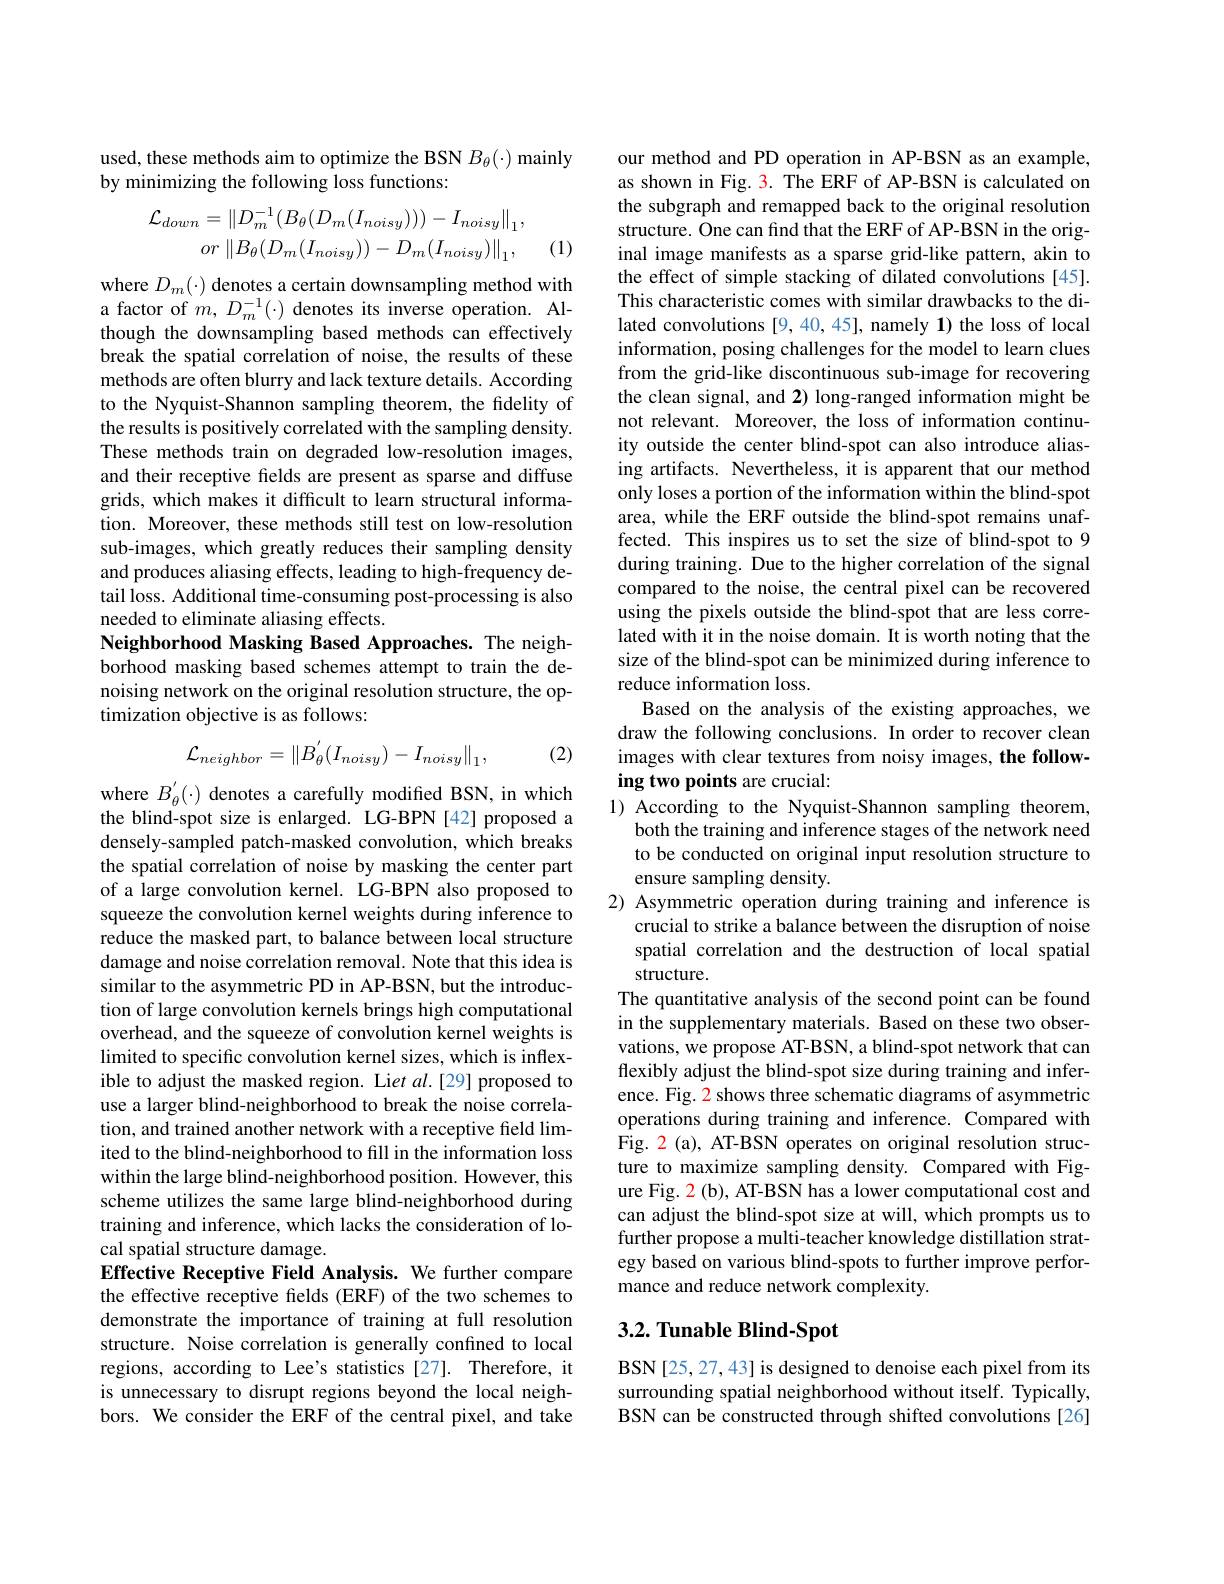
# used, these methods aim to optimize the BSN $B_\theta(\cdot)$ mainly by minimizing the following loss functions:
$$\mathcal{L}_{down}=\|D_{m}^{-1}(B_{\theta}(D_{m}(I_{noisy})))-I_{noisy}\|_{1},\\or\left\|B_{\theta}(D_{m}(I_{noisy}))-D_{m}(I_{noisy})\right\|_{1},$$
(1)

where $D_m(\cdot)$ denotes a certain downsampling method with a factor of $m,D_m^{-1}(\cdot)$ denotes its inverse operation. Although the downsampling based methods can effectively break the spatial correlation of noise, the results of these methods are often blurry and lack texture details. According to the Nyquist-Shannon sampling theorem, the fidelity of the results is positively correlated with the sampling density. These methods train on degraded low-resolution images, and their receptive fields are present as sparse and diffuse grids, which makes it difficult to learn structural information. Moreover, these methods still test on low-resolution sub-images, which greatly reduces their sampling density and produces aliasing effects, leading to high-frequency detail loss. Additional time-consuming post-processing is also needed to eliminate aliasing effects.
Neighborhood Masking Based Approaches. The neighborhood masking based schemes attempt to train the denoising network on the original resolution structure, the optimization objective is as follows:
$$\mathcal{L}_{neighbor}=\left\|B_{\theta}^{'}(I_{noisy})-I_{noisy}\right\|_{1},$$
(2)

where $B_{\theta}^{\prime}(\cdot)$ denotes a carefully modified BSN, in which the blind-spot size is enlarged. LG-BPN [42] proposed a densely-sampled patch-masked convolution, which breaks the spatial correlation of noise by masking the center part of a large convolution kernel. LG-BPN also proposed to squeeze the convolution kernel weights during inference to reduce the masked part, to balance between local structure damage and noise correlation removal. Note that this idea is similar to the asymmetric PD in AP-BSN, but the introduction of large convolution kernels brings high computational overhead, and the squeeze of convolution kernel weights is limited to specific convolution kernel sizes, which is inflexible to adjust the masked region. Liet al.[29] proposed to use a larger blind-neighborhood to break the noise correlation, and trained another network with a receptive field limited to the blind-neighborhood to fill in the information loss within the large blind-neighborhood position. However, this scheme utilizes the same large blind-neighborhood during training and inference, which lacks the consideration of local spatial structure damage.
Effective Receptive Field Analysis. We further compare the effective receptive fields (ERF) of the two schemes to demonstrate the importance of training at full resolution structure. Noise correlation is generally confined to local regions, according to Lee's statistics [27]. Therefore, it is unnecessary to disrupt regions beyond the local neighbors. We consider the ERF of the central pixel, and take

our method and PD operation in AP-BSN as an example, as shown in Fig. 3. The ERF of AP-BSN is calculated on the subgraph and remapped back to the original resolution structure. One can find that the ERF of AP-BSN in the original image manifests as a sparse grid-like pattern, akin to the effect of simple stacking of dilated convolutions [45]. This characteristic comes with similar drawbacks to the dilated convolutions [9,40,45], namely 1) the loss of local information, posing challenges for the model to learn clues from the grid-like discontinuous sub-image for recovering the clean signal, and 2) long-ranged information might be not relevant. Moreover, the loss of information continuity outside the center blind-spot can also introduce aliasing artifacts. Nevertheless, it is apparent that our method only loses a portion of the information within the blind-spot area, while the ERF outside the blind-spot remains unaffected. This inspires us to set the size of blind-spot to 9 during training. Due to the higher correlation of the signal compared to the noise, the central pixel can be recovered using the pixels outside the blind-spot that are less correlated with it in the noise domain. It is worth noting that the size of the blind-spot can be minimized during inference to reduce information loss.
Based on the analysis of the existing approaches, we draw the following conclusions. In order to recover clean images with clear textures from noisy images, the following two points are crucial:
1) According to the Nyquist-Shannon sampling theorem,
both the training and inference stages of the network need to be conducted on original input resolution structure to ensure sampling density.
2) Asymmetric operation during training and inference is
crucial to strike a balance between the disruption of noise spatial correlation and the destruction of local spatial structure.
The quantitative analysis of the second point can be found in the supplementary materials. Based on these two observations, we propose AT-BSN, a blind-spot network that can flexibly adjust the blind-spot size during training and inference. Fig. 2 shows three schematic diagrams of asymmetric operations during training and inference. Compared with Fig. 2 (a), AT-BSN operates on original resolution structure to maximize sampling density. Compared with Figure Fig. 2 (b), AT-BSN has a lower computational cost and can adjust the blind-spot size at will, which prompts us to further propose a multi-teacher knowledge distillation strategy based on various blind-spots to further improve performance and reduce network complexity.

## $3. 2. \textbf{ Tunable Blind- Spot}$

BSN[25,27,43] is designed to denoise each pixel from its surrounding spatial neighborhood without itself. Typically, BSN can be constructed through shifted convolutions[26]